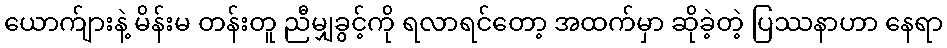
ယောက်ျားနဲ့ မိန်းမ တန်းတူ ညီမျှခွင့်ကို ရလာရင်တော့ အထက်မှာ ဆိုခဲ့တဲ့ ပြဿနာဟာ နေရာ